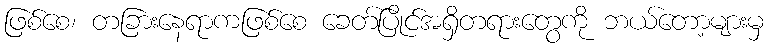
ဖြစ်စေ၊ တခြားနေရာကဖြစ်စေ ခေတ်ပြိုင်အရှိတရားတွေကို ဘယ်တော့များမှ